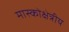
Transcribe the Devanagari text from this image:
मास्कोक्षेत्रीय